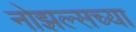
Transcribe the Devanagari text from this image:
नोझल्सच्या